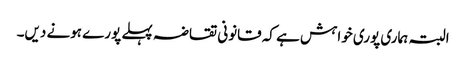
البتہ ہماری پوری خواہش ہے کہ قانونی تقاضہ پہلے پورے ہونے دیں۔